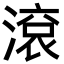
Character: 滾